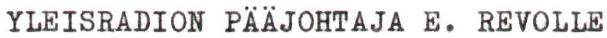
YLEISRADION PÄÄJOHTAJA E. REVOLLE